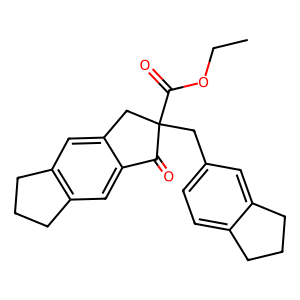
SMILES: CCOC(=O)C1(Cc2ccc3c(c2)CCC3)Cc2cc3c(cc2C1=O)CCC3
Inhibits HIV replication: No